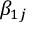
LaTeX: \beta _ { 1 j }